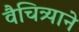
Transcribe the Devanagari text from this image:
वैचित्र्याने